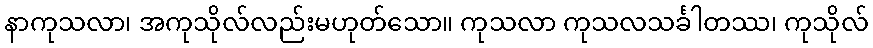
နာကုသလာ၊ အကုသိုလ်လည်းမဟုတ်သော။ ကုသလာ ကုသလသင်္ခါတဿ၊ ကုသိုလ်